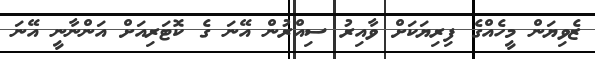
ޒެވިޔަން މީހެއްގެ ފިރިޔަކަށް ވާއިރު ސިއްރުން އޭނަ ގެ ކޮޓަރިއަށް އަންނާނީ އޭނަ